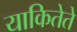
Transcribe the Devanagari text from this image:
याकितेते